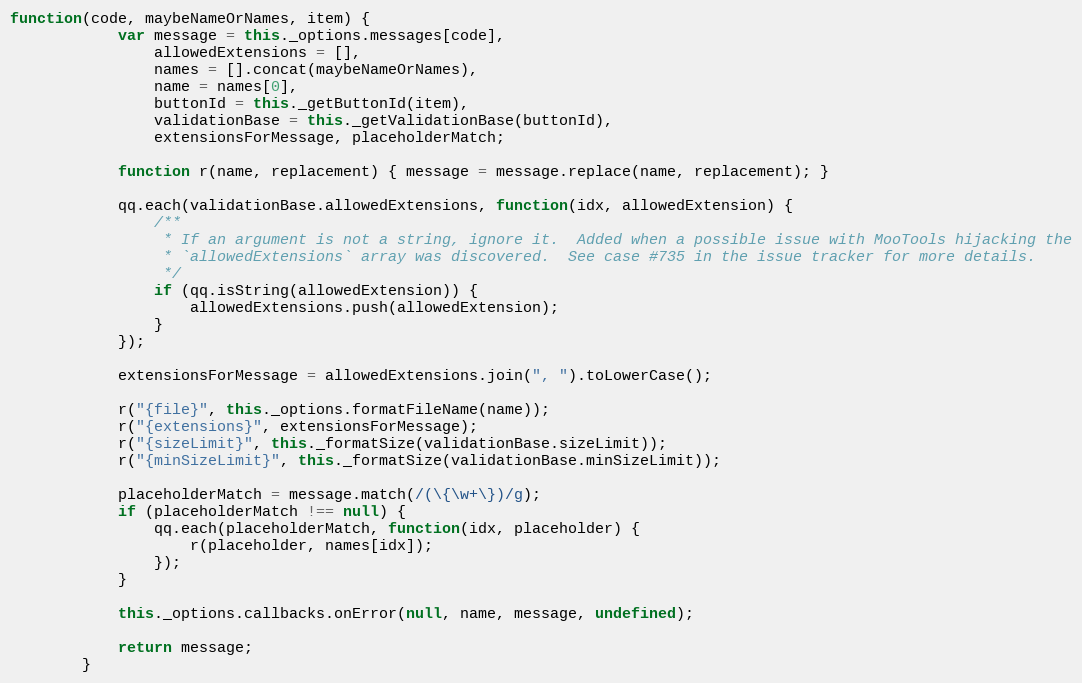
Language: JavaScript
function(code, maybeNameOrNames, item) {
            var message = this._options.messages[code],
                allowedExtensions = [],
                names = [].concat(maybeNameOrNames),
                name = names[0],
                buttonId = this._getButtonId(item),
                validationBase = this._getValidationBase(buttonId),
                extensionsForMessage, placeholderMatch;

            function r(name, replacement) { message = message.replace(name, replacement); }

            qq.each(validationBase.allowedExtensions, function(idx, allowedExtension) {
                /**
                 * If an argument is not a string, ignore it.  Added when a possible issue with MooTools hijacking the
                 * `allowedExtensions` array was discovered.  See case #735 in the issue tracker for more details.
                 */
                if (qq.isString(allowedExtension)) {
                    allowedExtensions.push(allowedExtension);
                }
            });

            extensionsForMessage = allowedExtensions.join(", ").toLowerCase();

            r("{file}", this._options.formatFileName(name));
            r("{extensions}", extensionsForMessage);
            r("{sizeLimit}", this._formatSize(validationBase.sizeLimit));
            r("{minSizeLimit}", this._formatSize(validationBase.minSizeLimit));

            placeholderMatch = message.match(/(\{\w+\})/g);
            if (placeholderMatch !== null) {
                qq.each(placeholderMatch, function(idx, placeholder) {
                    r(placeholder, names[idx]);
                });
            }

            this._options.callbacks.onError(null, name, message, undefined);

            return message;
        }